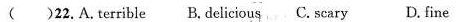
( )22.A.terrible B.delicious C.scary D.fine